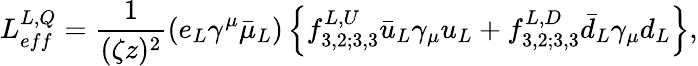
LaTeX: L_{eff}^{L,Q}=\frac{1}{(\zeta z)^{2}}\left(e_{L}\gamma^{\mu}\bar{\mu}_{L}\right)\left\{ f_{3,2;3,3}^{L,U}\bar{u}_{L}\gamma_{\mu}u_{L}+f_{3,2;3,3}^{L,D}\bar{d}_{L}\gamma_{\mu}d_{L}\right\} ,